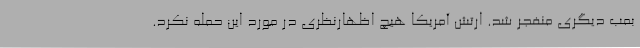
بمب دیگری منفجر شد. ارتش آمریکا هیچ اظهارنظری در مورد این حمله نکرد.